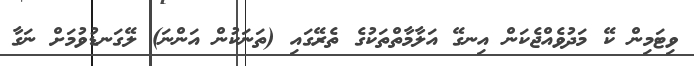
ވިޓަމިން ކޭ މަދުވެއްޖެކަން އިނގޭ އަލާމާތްތަކުގެ ތެރޭގައި (ތަނަކުން އަންނަ) ލޭގަނޑުވުމަށް ނަގާ